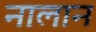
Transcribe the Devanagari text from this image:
नालान